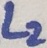
Text: L2